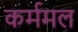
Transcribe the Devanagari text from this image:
कर्ममल